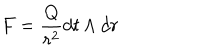
F = \frac { Q } { r ^ { 2 } } d t \wedge d r